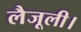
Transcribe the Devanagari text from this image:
लैजूली।